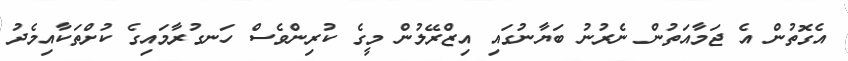
އެގޮތުން އެ ޖަމާއަތުން ނެރުނު ބަޔާނުގައި އިޒްރޭލުން މީގެ ކުރިންވެސް ހަނގުރާމައިގެ ކުށްތަކާއިމެދު